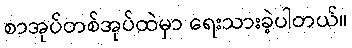
စာအုပ်တစ်အုပ်ထဲမှာ ရေးသားခဲ့ပါတယ်။